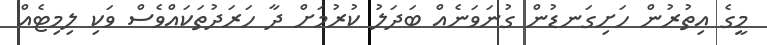
މީގެ އިތުރުން ހަށިގަނޑުން ގުނަވަނެެއް ބަދަލު ކުރުމަށް ދާ ހަރަދުތަކައްވެސް ވަކި ލިމިޓެއް